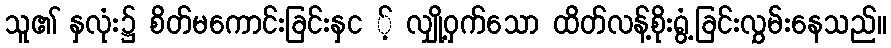
သူ၏ နှလုံး၌ စိတ်မကောင်းခြင်းနှင ့် လျှို့ဝှက်သော ထိတ်လန့်စိုးရွံ့ခြင်းလွှမ်းနေသည်။